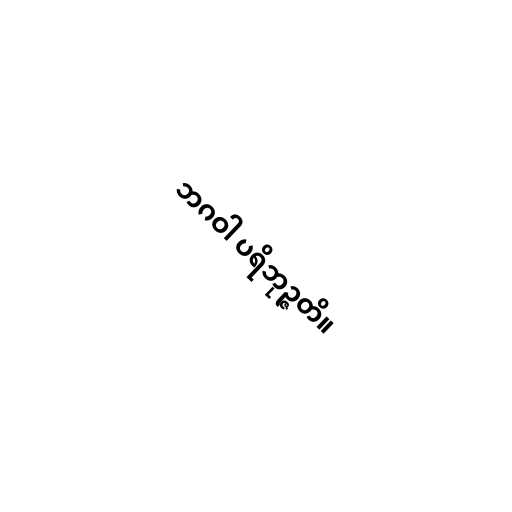
ဘဂဝါ ပရိဘုဉ္ဇတိ။